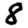
Digit: 8